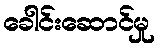
ခေါင်းဆောင်မှု